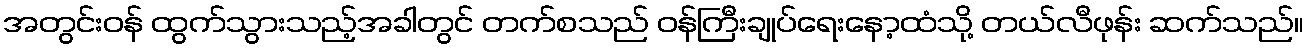
အတွင်းဝန် ထွက်သွားသည့်အခါတွင် တက်စသည် ဝန်ကြီးချုပ်ရေးနော့ထံသို့ တယ်လီဖုန်း ဆက်သည်။